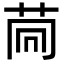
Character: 𦮏